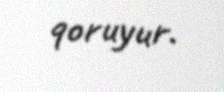
qoruyur.